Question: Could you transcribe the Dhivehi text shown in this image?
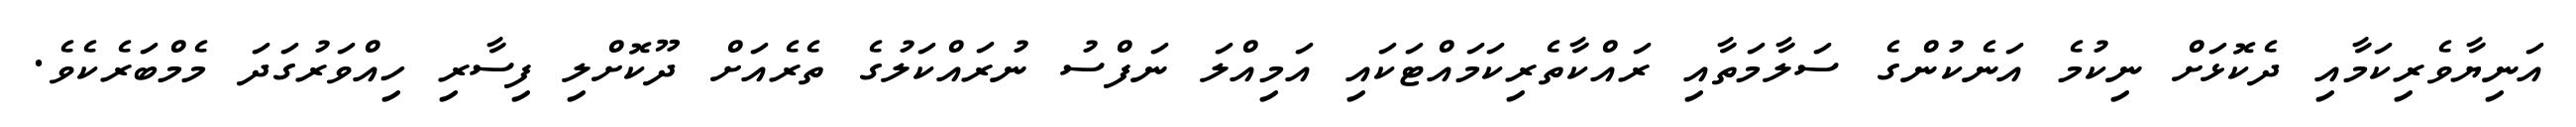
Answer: އަނިޔާވެރިކަމާއި ދެކޮޅަށް ނިކުމެ އަނެކުންގެ ސަލާމަތާއި ރައްކާތެރިކަމައްޓަކައި އަމިއްލަ ނަފްސު ނުރައްކަލުގެ ތެރެއަށް ދޫކޮށްލި ފިސާރި ހިއްވަރުގަދަ މެމްބަރެކެވެ.